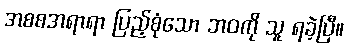
အစစအရာရာ ပြည့်စုံသော ဘဝကို သူ ရခဲ့ပြီ။